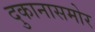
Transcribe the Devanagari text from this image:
दुकानासमोर